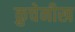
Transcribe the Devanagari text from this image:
क्रुचेनीख